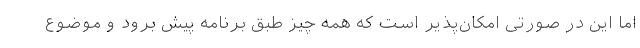
اما این در صورتی امکان‌پذیر است که همه چیز طبق برنامه پیش برود و موضوع